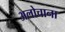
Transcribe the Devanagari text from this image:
अलोचाना